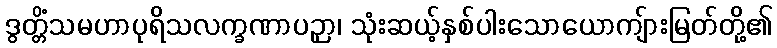
ဒွတ္တိံသမဟာပုရိသလက္ခဏာပဉှာ၊ သုံးဆယ့်နှစ်ပါးသောယောကျ်ားမြတ်တို့၏